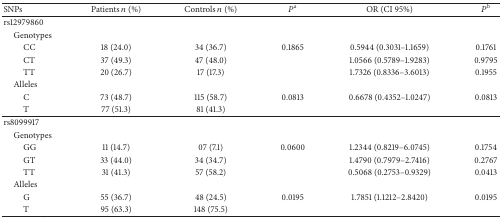
| SNPs | Patients n (%) | Controls n (%) | Pa | OR (CI 95%) | Pb |
 | --- | --- | --- | --- | --- | --- |
 | rs12979860 |  |  |  |  |  |
 | Genotypes |  |  |  |  |  |
 | CC | 18 (24.0) | 34 (36.7) | 0.1865 | 0.5944 (0.3031–1.1659) | 0.1761 |
 | CT | 37 (49.3) | 47 (48.0) |  | 1.0566 (0.5789–1.9283) | 0.9795 |
 | TT | 20 (26.7) | 17 (17.3) |  | 1.7326 (0.8336–3.6013) | 0.1955 |
 | Alleles |  |  |  |  |  |
 | C | 73 (48.7) | 115 (58.7) | 0.0813 | 0.6678 (0.4352–1.0247) | 0.0813 |
 | T | 77 (51.3) | 81 (41.3) |  |  |  |
 | rs8099917 |  |  |  |  |  |
 | Genotypes |  |  |  |  |  |
 | GG | 11 (14.7) | 07 (7.1) | 0.0600 | 1.2344 (0.8219–6.0745) | 0.1754 |
 | GT | 33 (44.0) | 34 (34.7) |  | 1.4790 (0.7979–2.7416) | 0.2767 |
 | TT | 31 (41.3) | 57 (58.2) |  | 0.5068 (0.2753–0.9329) | 0.0413 |
 | Alleles |  |  |  |  |  |
 | G | 55 (36.7) | 48 (24.5) | 0.0195 | 1.7851 (1.1212–2.8420) | 0.0195 |
 | T | 95 (63.3) | 148 (75.5) |  |  |  |